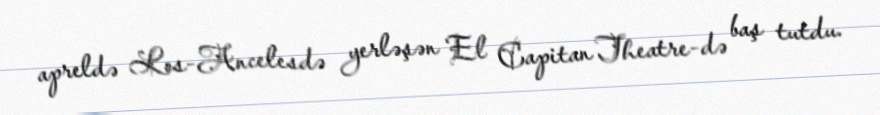
apreldə Los-Ancelesdə yerləşən El Capitan Theatre-də baş tutdu.